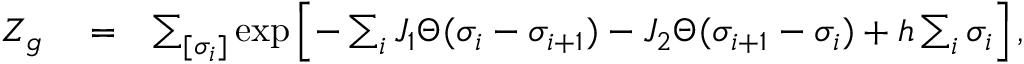
\begin{array} { r l r } { Z _ { g } } & { { } = } & { \sum _ { [ \sigma _ { i } ] } \exp \left[ - \sum _ { i } J _ { 1 } \Theta ( \sigma _ { i } - \sigma _ { i + 1 } ) - J _ { 2 } \Theta ( \sigma _ { i + 1 } - \sigma _ { i } ) + h \sum _ { i } \sigma _ { i } \right] , } \end{array}